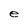
Character: e